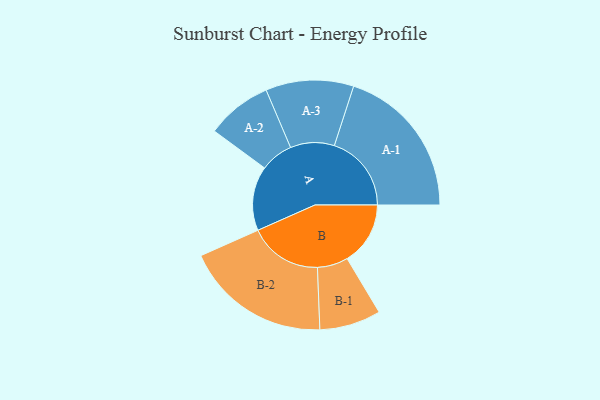
{"axis": {"x": "Segment", "y": "Value"}, "legend": ["", "A", "B"], "data": [{"x": "A", "y": 214, "type": ""}, {"x": "B", "y": 210, "type": ""}, {"x": "A-1", "y": 256, "type": "A"}, {"x": "A-2", "y": 109, "type": "A"}, {"x": "A-3", "y": 146, "type": "A"}, {"x": "B-1", "y": 102, "type": "B"}, {"x": "B-2", "y": 243, "type": "B"}]}